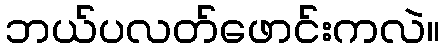
ဘယ်ပလတ်ဖောင်းကလဲ။